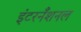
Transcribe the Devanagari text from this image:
इंटरनँशनल